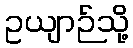
ဥယျာဉ်သို့